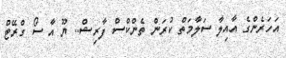
އަހަރެންގެ އާއިލާ ސަލާމަތް ކުރަން ތެންކްސް ފާރިޝް.. ޔޫ އާ ސޯ ގްރޭޓް